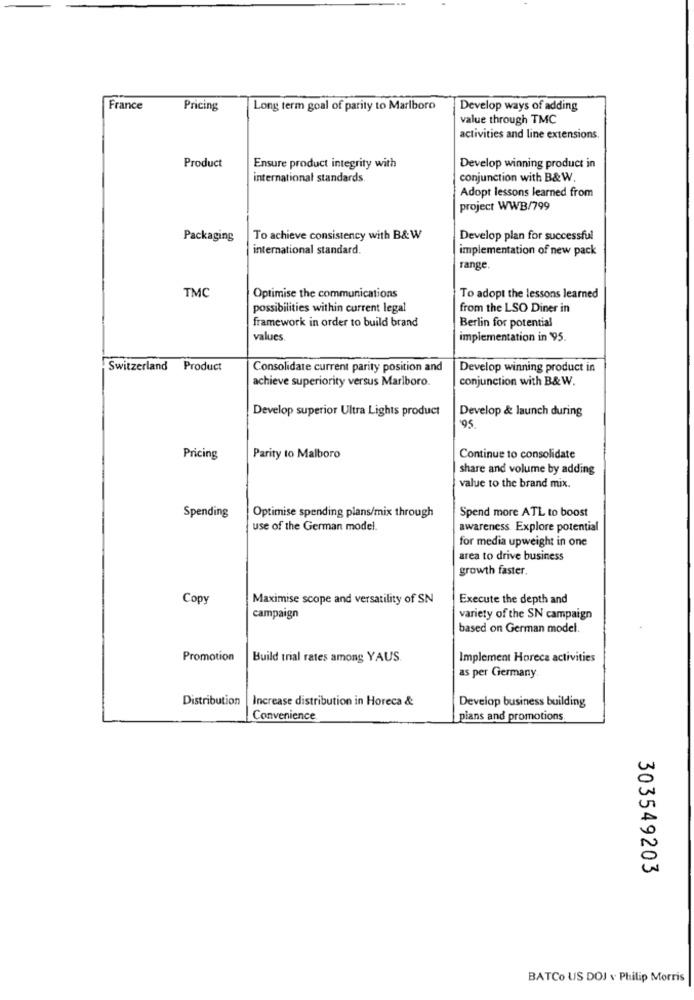
France
Pricing
Long term goal of parity to Marlboro
Develop ways of adding
value through TMC
activities and line extensions.
Product
Ensure product integrity with
Develop winning product in
international standards
conjunction with B&W.
Adopt lessons learned from
project WWB/799
Packaging
To achieve consistency with B& W
Develop plan for successful
international standard.
implementation of new pack
range.
TMC
Optimise the communications
To adopt the lessons learned
possibilities within current legal
from the LSO Diner in
framework in order to build brand
Berlin for potential
values
implementation in '95.
Switzerland Product
Consolidate current parity position and
Develop winning product in
achieve superiority versus Marlboro.
conjunction with B&W.
Develop superior Ultra Lights product
Develop & launch during
'95
Pricing
Parity to Malboro
Continue to consolidate
share and volume by adding
value to the brand mix.
Spending
Spend more ATL to boost
Optimise spending plans/mix through
use of the German model.
awareness. Explore potential
for media upweight in one
area to drive business
growth faster.
Copy
Maximise scope and versatility of SN
Execute the depth and
campaign
variety of the SN campaign
based on German model.
Promotion
Build trial rates among YAUS.
Implement Horeca activities
as per Germany
Distribution
Increase distribution in Horeca &
Develop business building
Convenience
plans and promotions
303549203
BATCo US DOJ v Philip Morris